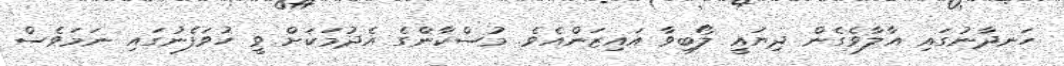
ހަނދާނުގައި އާލާވެގެން ދިޔައީ ލޯބިވާ އައިޒަންއެވެ. މުސްކާންގެ އެދުމަކަށް ވީ ހުވަފެނުގައި ނަމަވެސް